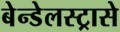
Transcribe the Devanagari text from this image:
बेन्डेलस्ट्रासे